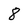
Character: 8